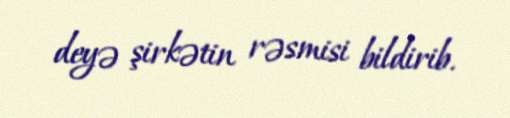
deyə şirkətin rəsmisi bildirib.